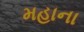
મહાના